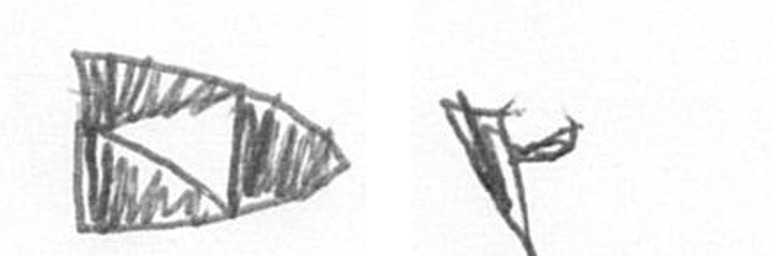
K F